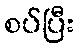
စပ်ပြီး